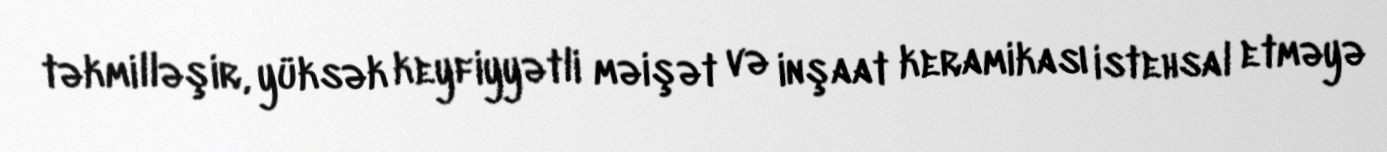
təkmilləşir, yüksək keyfiyyətli məişət və inşaat keramikası istehsal etməyə